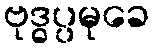
ဗုဒ္ဓပ္ပမုခေ